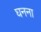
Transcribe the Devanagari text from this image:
घनना